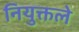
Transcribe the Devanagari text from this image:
नियुक्तले